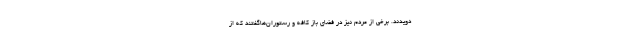
دویدند. برخی از مردم نیز در فضای باز کافه و رستوران‌هاگفتند که از